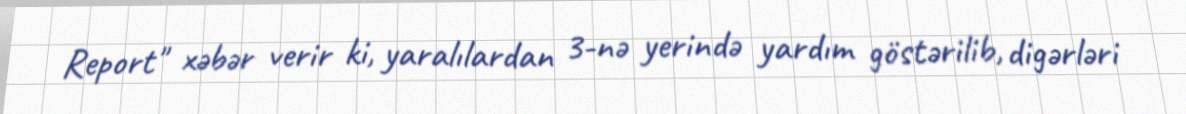
Report" xəbər verir ki, yaralılardan 3-nə yerində yardım göstərilib, digərləri